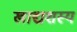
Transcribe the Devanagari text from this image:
खाद्यशस्य